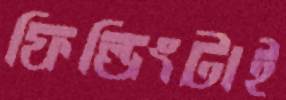
ফিল্ডিংটাই